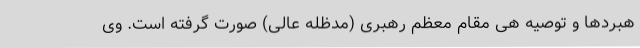
هبردها و توصیه هی مقام معظم رهبری (مدظله عالی) صورت گرفته است. وی